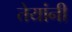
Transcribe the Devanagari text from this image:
तेयांनी